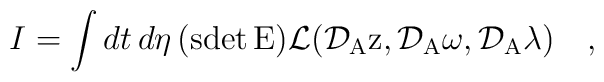
I =\int dt\, d\eta\, (\rm{sdet}\, E){\cal L}({\cal D}_A z, {\cal D}_A \omega,{\cal D}_A \lambda)\quad,